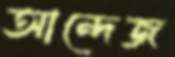
আন্দেজ